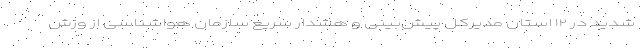
شدید در ۱۲ استان مدیرکل پیش‌بینی و هشدار سریع سازمان هواشناسی از وزش